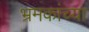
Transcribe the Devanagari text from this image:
भ्रमकांच्या